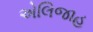
એલિજાહ